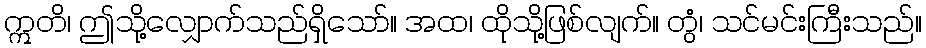
ဣတိ၊ ဤသို့လျှောက်သည်ရှိသော်။ အထ၊ ထိုသို့ဖြစ်လျက်။ တွံ၊ သင်မင်းကြီးသည်။